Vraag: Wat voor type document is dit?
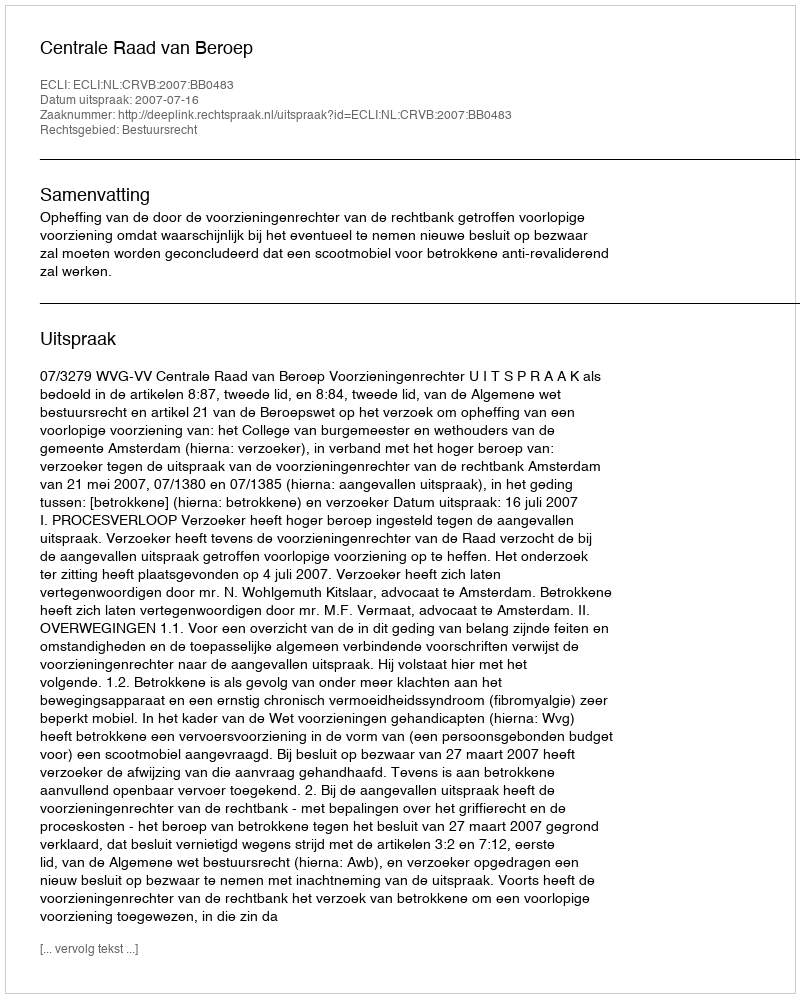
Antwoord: Uitspraak